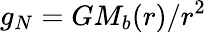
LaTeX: g_{N}=GM_{b}(r)/r^{2}